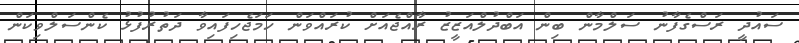
ސައުދީ ރަސްގެފާނު ސަލްމާން ބިން އަބްދުލްއަޒީޒު ރާއްޖެއަށް ކުރައްވަން ހަމަޖެހިފައިވާ ދަތުރުފުޅު ކެންސަލްވިކަން